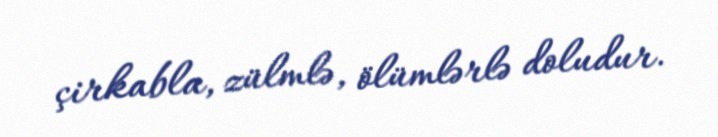
çirkabla, zülmlə, ölümlərlə doludur.